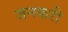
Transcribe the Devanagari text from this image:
जनकरी